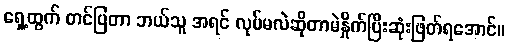
ရှေ့ထွက် တင်ပြတာ ဘယ်သူ အရင် လုပ်မလဲဆိုတာမဲနှိုက်ပြီးဆုံးဖြတ်ရအောင်။